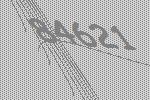
84621